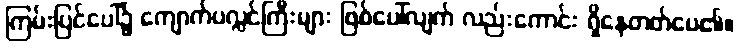
ကြမ်းပြင်ပေါ်၌ ကျောက်ပလ္လင်ကြီးများ ဖြစ်ပေါ်လျက် လည်းကောင်း ရှိနေတတ်ပေ၏။